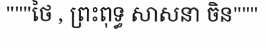
"""ថៃ , ព្រះពុទ្ធ សាសនា ចិន"""